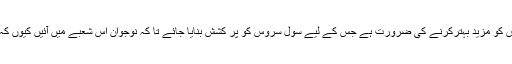
انہوں نے مزید کہا کہ ہمارے پاس کافی وسائل ہیں تاہم ہیومن ریسورس کو مزید بہترکرنے کی ضرورت ہے جس کے لیے سول سروس کو پر کشش بنایا جائے تا کہ نوجوان اس شعبے میں آئیں کیوں کہ سول سروس کسی بھی ملک کی ریڑھ کی ہڈی کی حیثیت رکھتی ہے۔